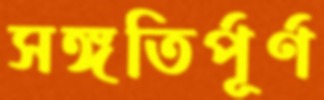
সঙ্গতির্পূর্ণ